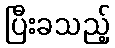
ပြီးခသည့်